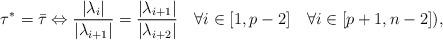
LaTeX: \begin{align*}\tau^*=\bar{\tau}\Leftrightarrow \dfrac{|\lambda_i|}{|\lambda_{i+1}|}=\dfrac{|\lambda_{i+1}|}{|\lambda_{i+2}|} \quad\forall i\in[1,p-2] \quad\forall i\in[p+1,n-2]),\end{align*}